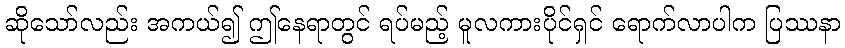
ဆိုသော်လည်း အကယ်၍ ဤနေရာတွင် ရပ်မည့် မူလကားပိုင်ရှင် ရောက်လာပါက ပြဿနာ